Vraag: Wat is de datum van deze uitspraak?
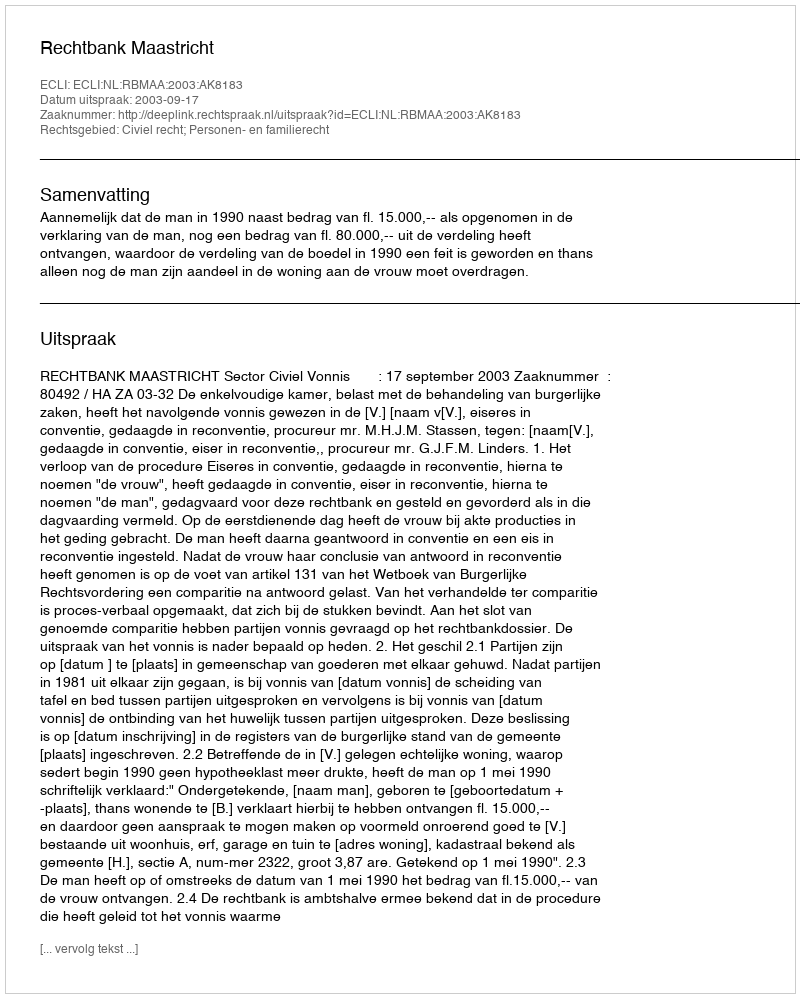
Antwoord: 2003-09-17